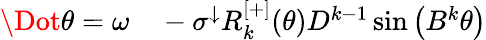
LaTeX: \begin{array}{rl}{\Dot{\theta}=\omega}&{{}-\sigma^{\downarrow}R_{k}^{[+]}(\theta)D^{k-1}\sin\left(B^{k}\theta\right)}\end{array}